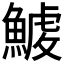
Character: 𩺇